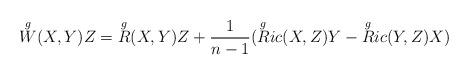
LaTeX: \begin{align*}\overset{g}{W} (X,Y)Z = \overset{g}{R} (X,Y)Z + \frac{1}{n-1} ( \overset{g}{R}ic (X,Z)Y - \overset{g}{R}ic (Y,Z)X)\end{align*}